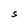
Character: S